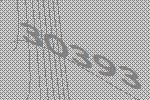
30393